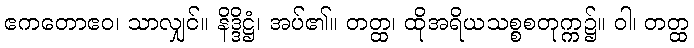
ဧကတောဧဝ၊ သာလျှင်။ နိဒ္ဒိဋ္ဌံ၊ အပ်၏။ တတ္ထ၊ ထိုအရိယသစ္စစတုက္က၌။ ဝါ၊ တတ္ထ